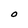
Character: O